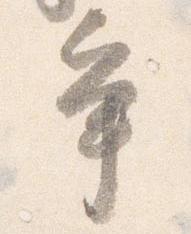
争